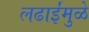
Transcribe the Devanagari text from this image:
लढाईंमुळे